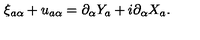
\xi _ { a \alpha } + u _ { a \alpha } = \partial _ { \alpha } Y _ { a } + i \partial _ { \alpha } X _ { a } .